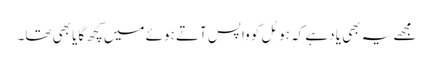
مجھے یہ بھی یاد ہے کہ ہوٹل کو واپس آتے ہوئے میں کچھ گایا بھی تھا۔